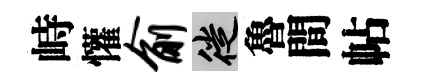
峙懽俞徙魯間帖